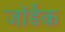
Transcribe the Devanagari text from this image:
जॉर्डेक